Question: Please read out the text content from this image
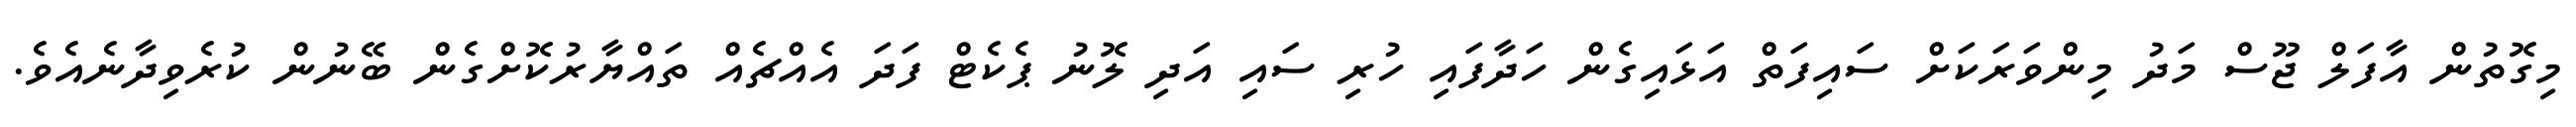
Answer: މިގޮތުން އާފަލް ޖޫސް މަދު މިންވަރަކަށް ސައިފަތް އަޅައިގެން ހަދާފައި ހުރި ސައި އަދި ލޮނު ޕެކެޓް ފަދަ އެއްޗެއް ތައްޔާރުކޮށްގެން ބޭނުން ކުރެވިދާނެއެވެ.